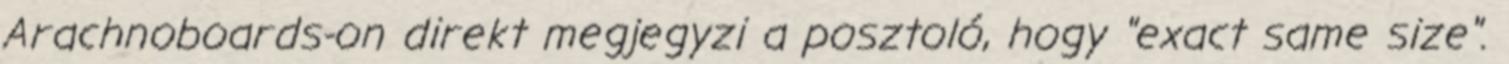
Arachnoboards-on direkt megjegyzi a posztoló, hogy "exact same size".